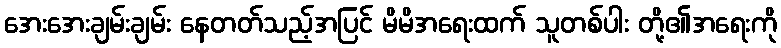
အေးအေးချမ်းချမ်း နေတတ်သည့်အပြင် မိမိအရေးထက် သူတစ်ပါး တို့၏အရေးကို